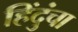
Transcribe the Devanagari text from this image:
हिंदुंचा